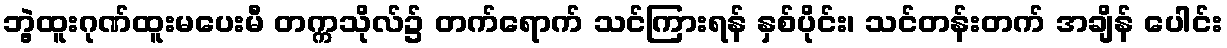
ဘွဲ့ထူးဂုဏ်ထူးမပေးမီ တက္ကသိုလ်၌ တက်ရောက် သင်ကြားရန် နှစ်ပိုင်း၊ သင်တန်းတက် အချိန် ပေါင်း